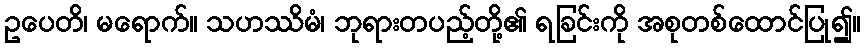
ဥပေတိ၊ မရောက်။ သဟဿိမံ၊ ဘုရားတပည့်တို့၏ ရခြင်းကို အစုတစ်ထောင်ပြု၍။